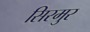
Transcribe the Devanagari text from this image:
सिरमुर